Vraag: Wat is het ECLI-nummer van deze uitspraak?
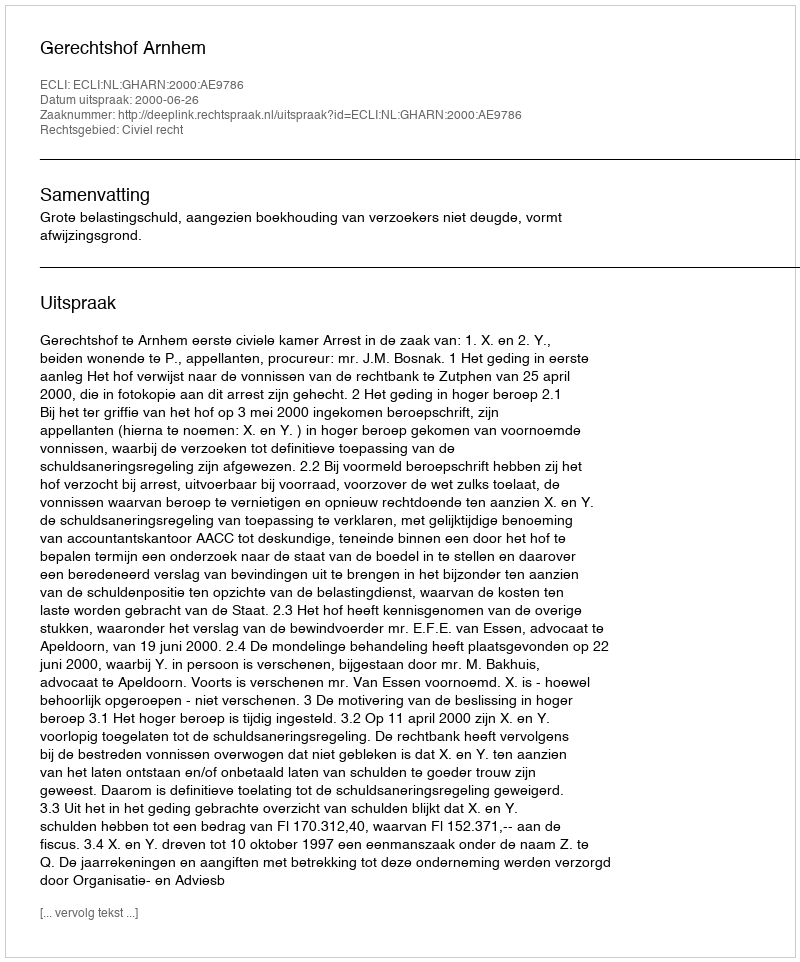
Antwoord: ECLI:NL:GHARN:2000:AE9786